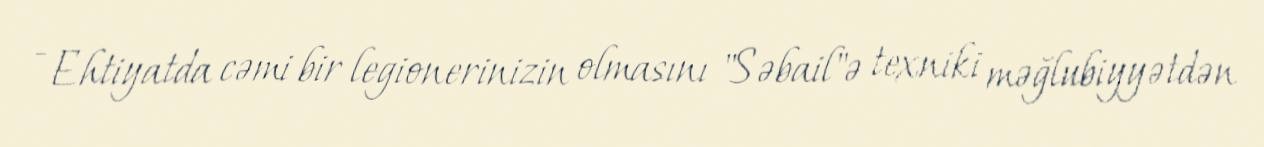
- Ehtiyatda cəmi bir legionerinizin olmasını "Səbail"ə texniki məğlubiyyətdən